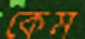
কেম